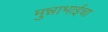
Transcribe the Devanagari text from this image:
मुन्नाभाईचा